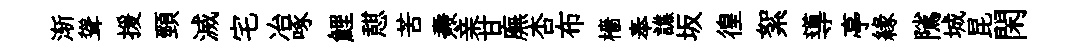
渐聳援頸滅宅冶啄鯉憇苦燾亲甘廡杏布檣奉譙坂徨絮導亭緣隲城昆閑